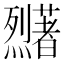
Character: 𬟜